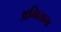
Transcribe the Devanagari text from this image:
अभिताभ